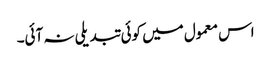
اس معمول میں کوئی تبدیلی نہ آئی۔